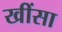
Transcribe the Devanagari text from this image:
खींसा